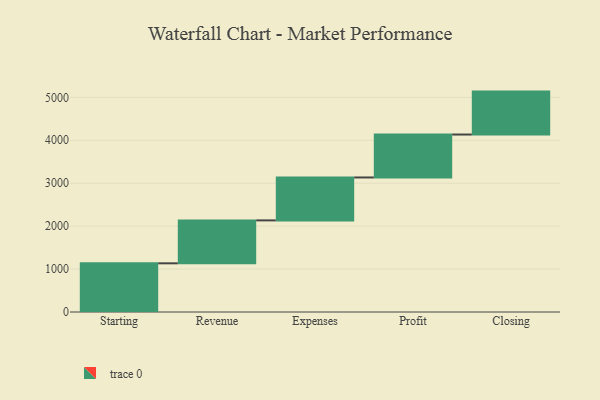
{"axis": {"x": "Step", "y": "Value"}, "legend": [""], "data": [{"x": "Starting", "y": 1134.0, "type": ""}, {"x": "Revenue", "y": 1000, "type": ""}, {"x": "Expenses", "y": 1000, "type": ""}, {"x": "Profit", "y": 1000, "type": ""}, {"x": "Closing", "y": 1000, "type": ""}]}